Report on lock hospitals in British Burma
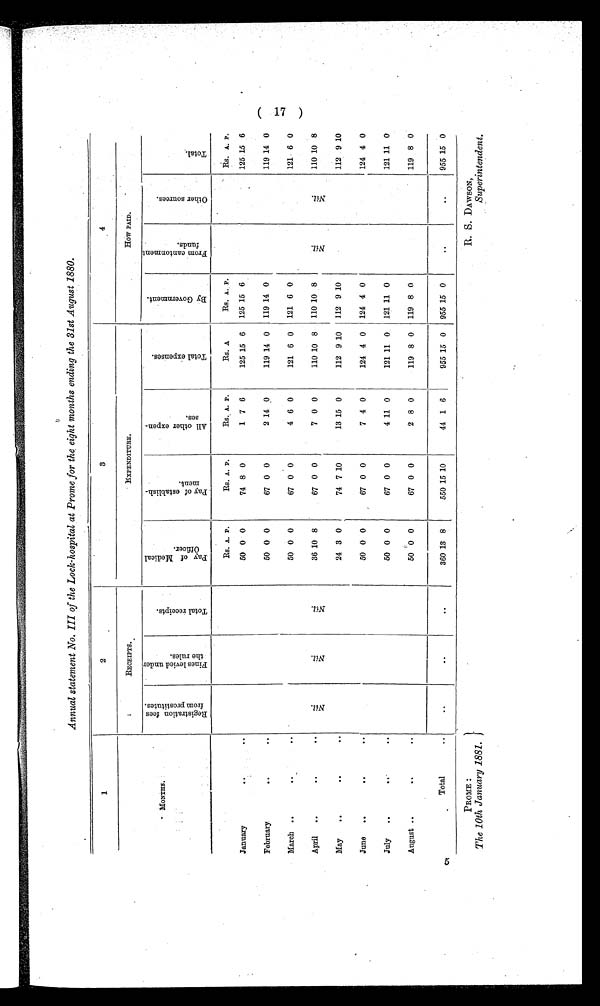
PROME :
The 10th January 1881.
R. S. DAWSON,
Superintendent.
Annual statement No. III of the Lock-hospital at Prome for the eight months ending the 31st August 1880.
1
2
3
4
" M O N T H S .
RECEIPTS.
E X P E N D I T U R E .
How PAID.
R e g i s t r a t i o n f e e s f r o m p r o s t i t u t e s .
F i n e s l e v i e d u n d e r t h e r u l e s .
T o t a l r e c e i p t s .
P a y o f M e d i c a l O f f i c e r .
P a y o f e s t a b l i s h - m e n t .
A l l o t h e r e x p e n - s e s .
T o t a l e x p e n s e s .
B y G o v e r n m e n t .
F r o m c a n t o n m e n t f u n d s .
O t h e r s o u r c e s .
T o t a l .
N i l .
N i l .
N i l .
Rs. A. P.
Rs. A. P.
R s .
A. P.
Rs. A.
Rs. A. P.
N i l .
N i l .
Rs. A. P.
January
. .
. .
50 0 0
74 8 0
1 7 6
125 15 6
125 15 6
125
1 5 6
February.
. .
. .
50 0 0
67 0 0
2 14 0
119 14 0
119 14 0
119 14 0
March ..
..
..
50 0 0
67 0 0
4 6 0
121 6 0
121 6 0
121 6 0
April
..
. .
. .
36 10 8
67 0 0
7 0 0
110 10 8
110 10 8
110 10 8
May
..
. .
. .
24 3 0
74 7 10
13 15 0
112 9 10
112 9 10
112 9 10
June
..
. .
. .
50 0 0
67 0 0
7 4 0
124 4 0
124 4 0
124 4 0
July
..
. .
..
50 0 0
67 0 0
4 11 0
121 11 0
121 11 0
121 11 0
August ..
..
..
50 0 0
67 0 0
2 8 0
119 8 0
119 8 0
119 8 0
5
Total
. .
. .
. .
. .
360 13 8
550 15 10
44 1 6
955 15 0
955 15 0
..
..
955 15 0